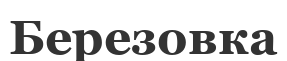
Березовка